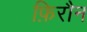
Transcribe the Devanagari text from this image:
फ़िरौन